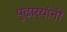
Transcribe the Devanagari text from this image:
पुढार्‍यांनी